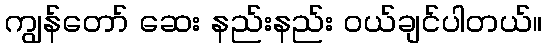
ကျွန်တော် ဆေး နည်းနည်း ဝယ်ချင်ပါတယ်။